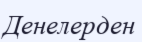
Денелерден